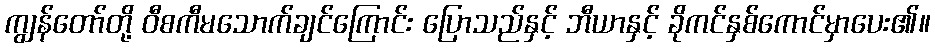
ကျွန်တော်တို့ ဝီစကီမသောက်ချင်ကြောင်း ပြောသည်နှင့် ဘီယာနှင့် ခိုကင်နှစ်ကောင်မှာပေး၏။